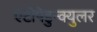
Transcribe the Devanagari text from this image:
एंटोपेडुन्क्युलर